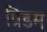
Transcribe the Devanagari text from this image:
प्रिडम